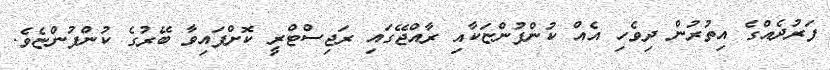
ފަރުދެއްގެ އިތުރުން ދިވެހި އެއް ކުންފުންޏަކާއި ރާއްޖޭގައި ރަޖިސްޓްރީ ކޮށްފައިވާ ބޭރުގެ ކުންފުންޏެވެ.